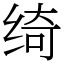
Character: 绮